Lunatic asylums in Bengal annual reports 1912-1924 - 1912-1924
Year: 1912
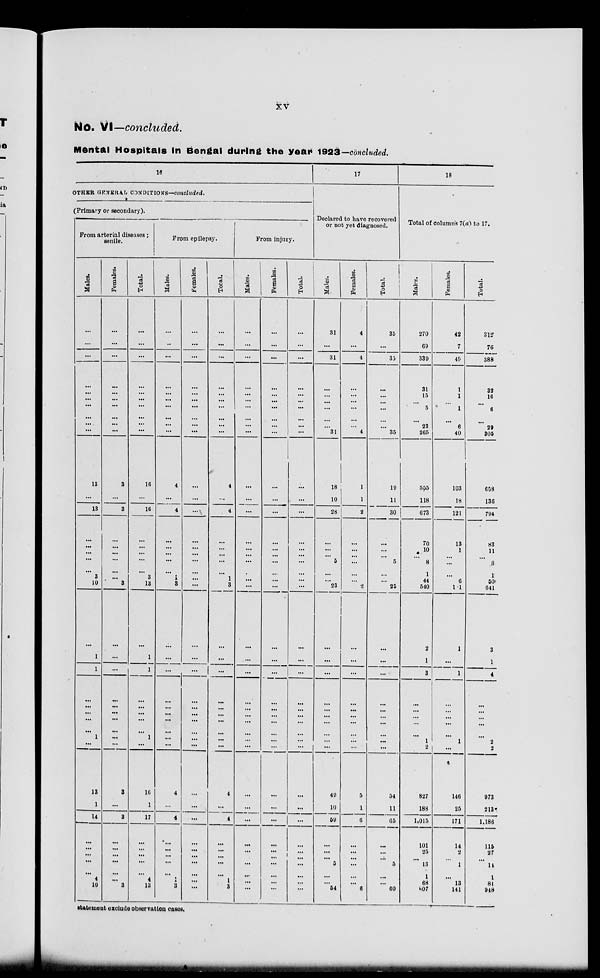
xv
NO. VI—concluded.
Mental Hospitals in Bengal during the year 1923— concluded.
16
OTHER GENERAL CONDITIONS— concluded.
(Primary or secondary).
From arterial diseases;
senile.
Males.
...
...
...
...
...
...
...
...
...
...
13
...
13
...
...
...
...
...
3
10
...
1
1
...
...
...
...
1
...
13
1
14
...
...
...
...
...
4
10
Females.
...
...
...
...
...
...
...
...
...
...
3
...
3
...
...
... ...
...
...
3
...
...
...
...
...
...
...
...
...
3
...
3
...
...
...
...
...
...
3
Total.
...
...
...
...
...
...
...
...
...
...
16
...
16
...
...
... ...
...
3
13
...
1
1
...
...
...
...
1
...
16
1
17
...
...
...
...
...
4
13
From epilepsy.
Males.
...
...
...
...
...
...
...
...
...
...
4
...
4
...
...
... ...
...
1
3
...
...
...
...
...
...
...
...
...
4
...
4
...
...
...
...
...
1
3
Females.
...
...
...
...
...
...
...
...
...
...
...
...
...
...
...
... ...
...
...
...
...
...
...
...
...
...
...
...
...
...
...
...
...
...
...
...
...
...
...
Total.
...
...
...
...
...
...
...
...
...
...
4
...
4
...
...
... ...
...
1
3
...
...
...
...
...
...
...
...
...
4
...
4
...
...
...
...
...
1
3
From injury.
Males.
...
...
...
...
...
...
...
...
...
...
...
...
...
...
...
... ...
...
...
...
...
...
...
...
...
...
...
...
...
...
...
...
...
...
...
...
...
...
...
Females.
...
...
...
...
...
...
...
...
...
...
...
...
...
...
...
... ...
...
...
...
...
...
...
...
...
...
...
...
...
...
...
...
...
...
...
...
...
...
...
Total.
...
...
...
...
...
...
...
...
...
...
...
...
...
...
...
... ...
...
...
...
...
...
...
...
...
...
...
...
...
...
...
...
...
...
...
...
...
...
...
17
Declared to have recovered
or not yet diagnosed.
Males.
31
...
31
...
...
...
...
...
...
31
18
10
28
...
...
...
5
...
...
23
...
...
...
...
...
...
...
...
...
49
10
59
...
...
...
5
...
...
54
Females.
4
...
4
...
...
...
...
...
...
4
1
1
2
...
...
... ...
...
...
2
...
...
...
...
...
...
...
...
...
5
1
6
...
...
...
...
...
...
6
Total.
35
...
33
...
...
...
...
...
...
35
19
11
30
...
...
...
5
...
...
25
...
...
...
...
...
...
...
...
...
54
11
65
...
...
...
5
...
...
60
18
Total of columns 7(a) to 17.
Males.
270
69
339
31
15
...
5
... 23
265
555
118
673
70
10
...
8
1
44
540
2
1
3
...
...
...
...
1
2
827
188
1,015
101
25
...
13
1
68
807
Females.
42
7
40
1
1
...
1
...
6
40
103
18
121
13
1
... ...
...
6
1.1
1
...
1
...
...
...
...
1
...
146
25
171
14
2
...
1
13
141
Total.
312
76
388
32
16
...
6
... 29
305
658
136
794
83
11
...
8
1
50
641
3
1
4
...
...
...
...
2
2
973
213
1,186
115
27
...
11
1
81
948
statement exclude observation cases.